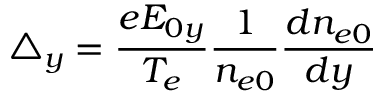
\triangle _ { y } = \frac { e E _ { 0 y } } { T _ { e } } \frac { 1 } { n _ { e 0 } } \frac { d n _ { e 0 } } { d y }